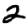
Digit: 2